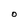
Character: O